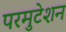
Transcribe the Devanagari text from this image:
परमुटेशन